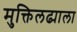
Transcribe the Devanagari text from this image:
मुक्तिलढ्याला